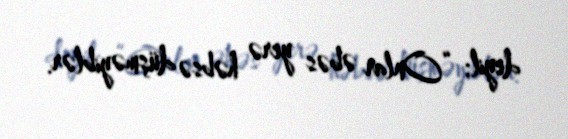
deyil: “Onlar əbəs yerə həbsə düşməyiblər.